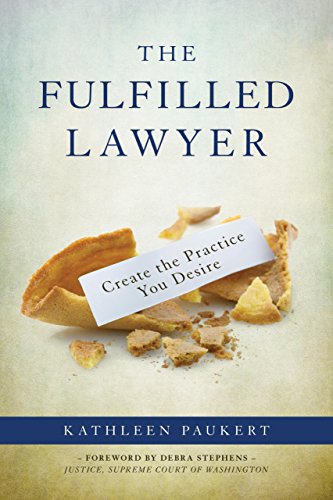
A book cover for The Fulfilled Lawyer: Create the Law Practice You Desire; Kathleen Paukert; Law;